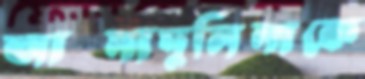
আখ্মাদুলিনাকে